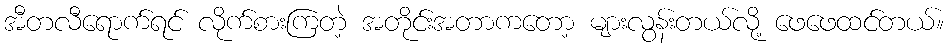
အီတလီရောက်ရင် လိုက်စားကြတဲ့ အတိုင်းအတာကတော့ များလွန်းတယ်လို့ ဖေဖေထင်တယ်။